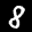
Label: 8